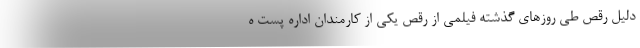
دلیل رقص طی روزهای گذشته فیلمی از رقص یکی از کارمندان اداره پست ه